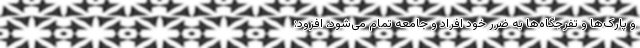
و پارک‌ها و تفرجگاه‌ها به ضرر خود افراد و جامعه تمام می‌شود، افزود: